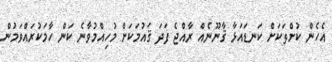
އެހެން ކުށްތަކަށް ކަނޑައަޅާ ޤާނޫނެއް ރާއްޖެ ފަދަ ޤައުމަކަށް މުހިއްމުވާނެ ކަން ހާމަކުރައްވަމުން